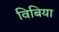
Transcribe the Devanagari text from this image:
विबिया